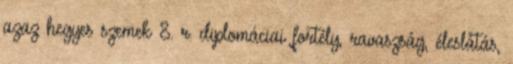
azaz hegyes szemek 8. r. diplomáciai fortély, ravaszság, éleslátás,